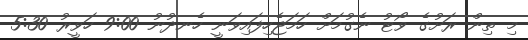
މި ތިން ރަށުގެ ވޯޓު ނެގުމަށް ހަމަޖެހިފައިވަނީ ހެނދުނު 9:00 ހަވީރު 5:30